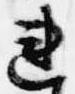
連